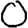
Digit: 0